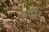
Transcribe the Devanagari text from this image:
कुदीर